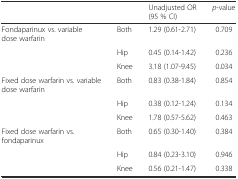
<table><thead><tr><td colspan="2"></td><td><b>Unadjusted OR (95 % CI)</b></td><td><b><i>p</i>-value</b></td></tr></thead><tbody><tr><td>Fondaparinux vs. variable dose warfarin</td><td>Both</td><td>1.29 (0.61-2.71)</td><td>0.709</td></tr><tr><td></td><td>Hip</td><td>0.45 (0.14-1.42)</td><td>0.236</td></tr><tr><td></td><td>Knee</td><td>3.18 (1.07-9.45)</td><td>0.034</td></tr><tr><td>Fixed dose warfarin vs. variable dose warfarin</td><td>Both</td><td>0.83 (0.38-1.84)</td><td>0.854</td></tr><tr><td></td><td>Hip</td><td>0.38 (0.12-1.24)</td><td>0.134</td></tr><tr><td></td><td>Knee</td><td>1.78 (0.57-5.62)</td><td>0.463</td></tr><tr><td>Fixed dose warfarin vs. fondaparinux</td><td>Both</td><td>0.65 (0.30-1.40)</td><td>0.384</td></tr><tr><td></td><td>Hip</td><td>0.84 (0.23-3.10)</td><td>0.946</td></tr><tr><td></td><td>Knee</td><td>0.56 (0.21-1.47)</td><td>0.338</td></tr></tbody></table>